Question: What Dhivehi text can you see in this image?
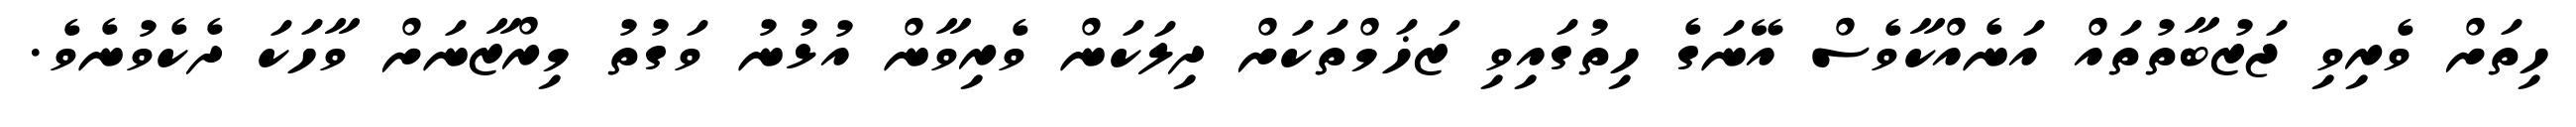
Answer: ހިތަށް ވެރިވި ޖަޒުބާތުތައް އަނެއްކާވެސް އޭނަގެ ހިތުގައިވި ޒަޚަމްތަކަށް ދިލަކަން ވެރިވާން އުޅުނު ވަގުތު މިރްޒާނަށް ވާހަކަ ދެކެވުނެވެ.